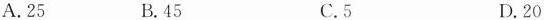
A.25 B.45 C.5 D.20